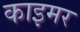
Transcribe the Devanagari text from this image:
काइमर